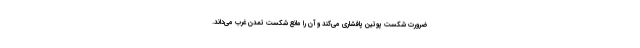
ضرورت شکست پوتین پافشاری می‌کند و آن را مانع شکست تمدن غرب می‌داند.